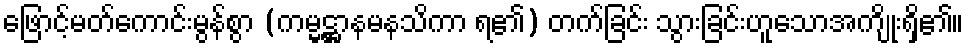
ဖြောင့်မတ်ကောင်းမွန်စွာ (ကမ္မဋ္ဌာနမနသိကာ ရ၏) တက်ခြင်း သွားခြင်းဟူသောအကျိုးရှိ၏။